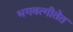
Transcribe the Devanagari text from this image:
भगवत्गीतेत